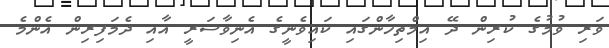
ވަރި ވުމުގެ ކުރިން ދޭ އިމްތިހާންގައި ކައިވެނީގެ އެނިވާސަރީ އާއި ދެމަފިރިން އެންމެ